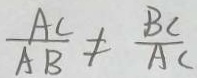
\frac { A C } { A B } \neq \frac { B C } { A C }